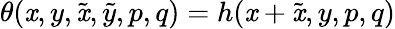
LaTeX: \theta(\mathit{x},y,\tilde{{\mathit{x}}},\tilde{{y}},p,q)=h(\mathit{x}+\tilde{{\mathit{x}}},y,p,q)